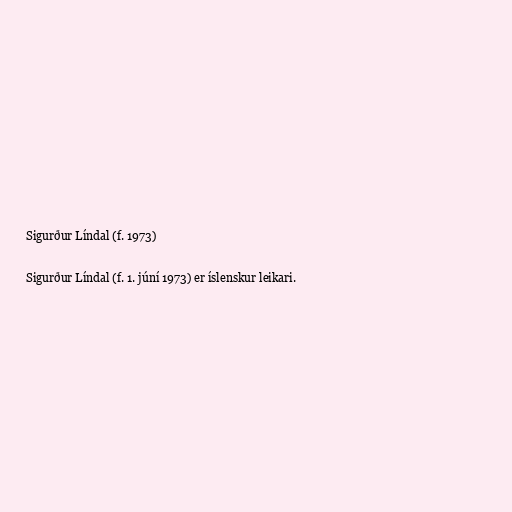
Sigurður Líndal (f. 1973)

Sigurður Líndal (f. 1. júní 1973) er íslenskur leikari.